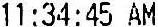
11:34:45 AM